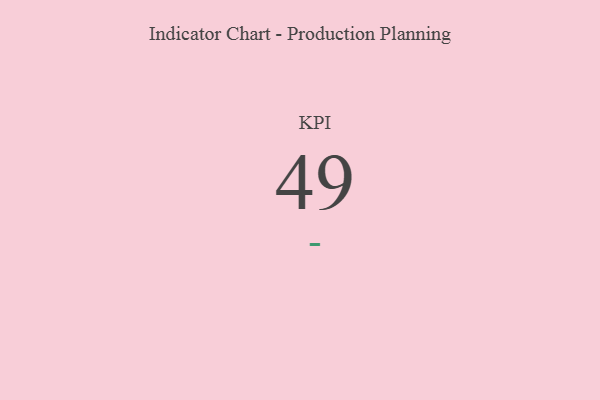
{"axis": {"x": "KPI", "y": "Value"}, "legend": [""], "data": [{"x": "KPI", "y": 49, "type": ""}]}